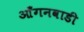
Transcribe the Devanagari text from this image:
आँगनवाडी